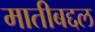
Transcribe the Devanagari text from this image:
मातीबद्दल